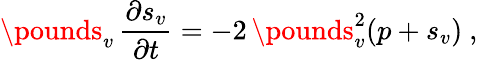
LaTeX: \pounds_{v}\, \frac{\partial s_{v}}{\partial t}=-2\, \pounds_{v}^{2}(p+s_{v})\ ,